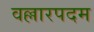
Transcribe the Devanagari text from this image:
वल्लारपदम